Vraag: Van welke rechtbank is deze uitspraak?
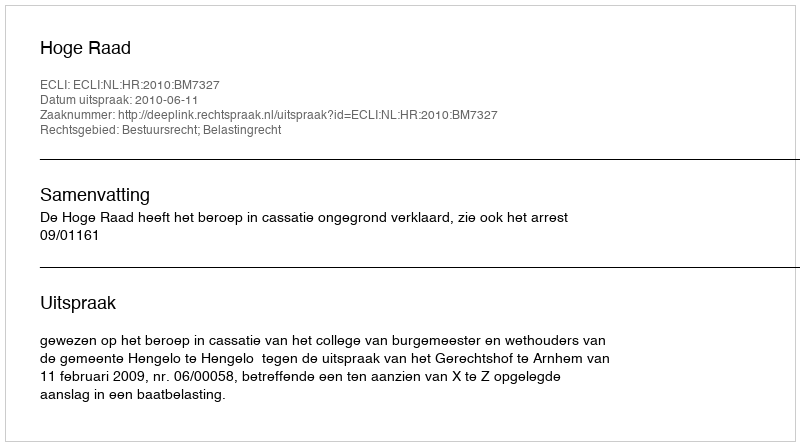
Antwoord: Hoge Raad